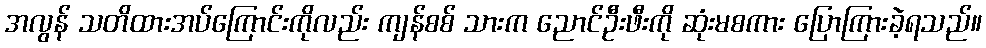
အလွန် သတိထားအပ်ကြောင်းကိုလည်း ကျန်စစ် သားက ညောင်ဦးဖီးကို ဆုံးမစကား ပြောကြားခဲ့ရသည်။